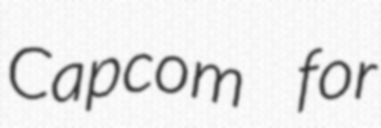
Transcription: Capcom for